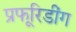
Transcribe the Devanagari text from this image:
प्रूफरिडींग